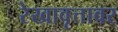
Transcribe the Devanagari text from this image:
रेखावृत्तावर